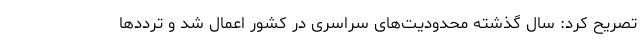
تصریح کرد: سال گذشته محدودیت‌های سراسری در کشور اعمال شد و ترددها